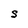
Character: S